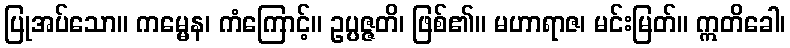
ပြုအပ်သော။ ကမ္မေန၊ ကံကြောင့်။ ဥပ္ပဇ္ဇတိ၊ ဖြစ်၏။ မဟာရာဇ၊ မင်းမြတ်။ ဣတိခေါ၊